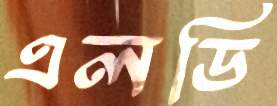
এলডি